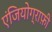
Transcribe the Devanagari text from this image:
एंजियोग्राफ़ी